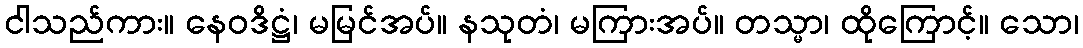
ငါသည်ကား။ နေဝဒိဋ္ဌံ၊ မမြင်အပ်။ နသုတံ၊ မကြားအပ်။ တသ္မာ၊ ထိုကြောင့်။ သော၊